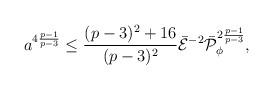
LaTeX: \begin{align*}a^{4{{p-1}\over{p-3}}}\leq {{(p-3)^2+16}\over{(p-3)^2}}\bar{\cal E}^{-2}\bar{\cal P}^{2{{p-1}\over{p-3}}}_{\phi},\end{align*}